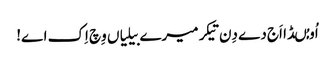
اُو مُںڈا اَج دے دِن تیکر میرے بیلیاں وِچ اِک اے!